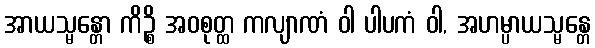
အာယသ္မန္တော ကိဉ္စိ အဝစုတ္ထ ကလျာဏံ ဝါ ပါပကံ ဝါ, အဟမ္ပာယသ္မန္တေ